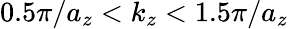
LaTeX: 0.5\pi/a_{z}<k_{z}<1.5\pi/a_{z}